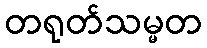
တရုတ်သမ္မတ